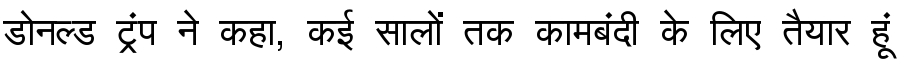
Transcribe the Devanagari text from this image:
डोनल्ड ट्रंप ने कहा, कई सालों तक कामबंदी के लिए तैयार हूं